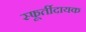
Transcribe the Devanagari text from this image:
स्फूर्तीदायक